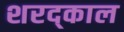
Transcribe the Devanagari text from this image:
शरद्काल